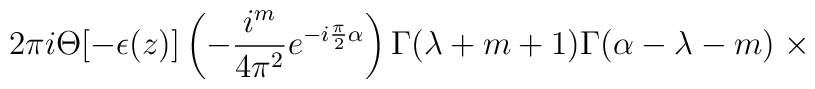
2\pi i\Theta[-\epsilon(z)] \left(-\frac {i^m} {4{\pi}^2}e^{-i\frac {\pi} {2}\alpha}\right)\Gamma(\lambda+m+1)\Gamma(\alpha-\lambda-m)\;\times